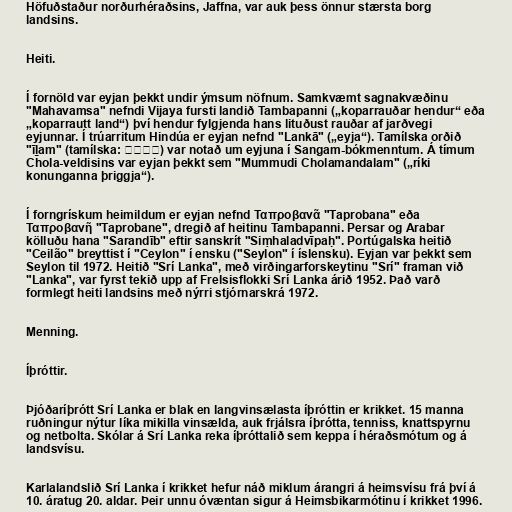
Höfuðstaður norðurhéraðsins, Jaffna, var auk þess önnur stærsta borg
landsins.

Heiti.

Í fornöld var eyjan þekkt undir ýmsum nöfnum. Samkvæmt sagnakvæðinu
"Mahavamsa" nefndi Vijaya fursti landið Tambapanni („koparrauðar hendur“ eða
„koparrautt land“) því hendur fylgjenda hans lituðust rauðar af jarðvegi
eyjunnar. Í trúarritum Hindúa er eyjan nefnd "Lankā" („eyja“). Tamílska orðið
"īḻam" (tamílska: ஈழம்) var notað um eyjuna í Sangam-bókmenntum. Á tímum
Chola-veldisins var eyjan þekkt sem "Mummudi Cholamandalam" („ríki
konunganna þriggja“).

Í forngrískum heimildum er eyjan nefnd Ταπροβανᾶ "Taprobana" eða
Ταπροβανῆ "Taprobane", dregið af heitinu Tambapanni. Persar og Arabar
kölluðu hana "Sarandīb" eftir sanskrít "Siṃhaladvīpaḥ". Portúgalska heitið
"Ceilão" breyttist í "Ceylon" í ensku ("Seylon" í íslensku). Eyjan var þekkt sem
Seylon til 1972. Heitið "Srí Lanka", með virðingarforskeytinu "Srí" framan við
"Lanka", var fyrst tekið upp af Frelsisflokki Srí Lanka árið 1952. Það varð
formlegt heiti landsins með nýrri stjórnarskrá 1972.

Menning.

Íþróttir.

Þjóðaríþrótt Srí Lanka er blak en langvinsælasta íþróttin er krikket. 15 manna
ruðningur nýtur líka mikilla vinsælda, auk frjálsra íþrótta, tenniss, knattspyrnu
og netbolta. Skólar á Srí Lanka reka íþróttalið sem keppa í héraðsmótum og á
landsvísu.

Karlalandslið Srí Lanka í krikket hefur náð miklum árangri á heimsvísu frá því á
10. áratug 20. aldar. Þeir unnu óvæntan sigur á Heimsbikarmótinu í krikket 1996.